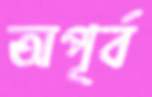
অপূর্ব